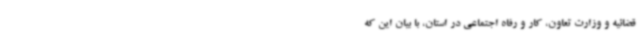
قضائیه و وزارت تعاون، کار و رفاه اجتماعی در استان، با بیان این که